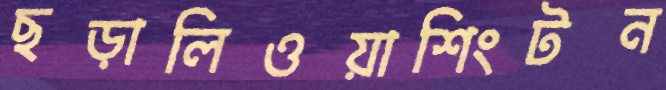
ছড়ালিওয়াশিংটন